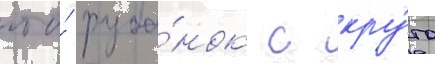
что́ руба́нок с кру́то